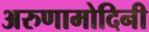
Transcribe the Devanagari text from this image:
अरुणामोदिनी